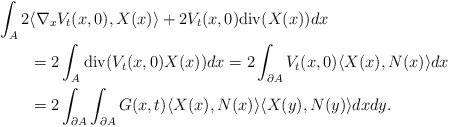
\begin{align*}\begin{aligned}&\int_{A}2\langle \nabla_{x}V_{t}(x,0),X(x)\rangle+2V_{t}(x,0)\mathrm{div}(X(x))dx\\&\qquad=2\int_{A}\mathrm{div}(V_{t}(x,0)X(x))dx=2\int_{\partial A}V_{t}(x,0)\langle X(x),N(x)\rangle dx\\&\qquad=2\int_{\partial A}\int_{\partial A}G(x,t)\langle X(x),N(x)\rangle\langle X(y),N(y)\rangle dxdy.\end{aligned}\end{align*}